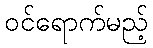
ဝင်ရောက်မည့်